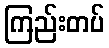
ကြည်းတပ်